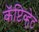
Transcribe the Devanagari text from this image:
कॅप्टिव्हेट